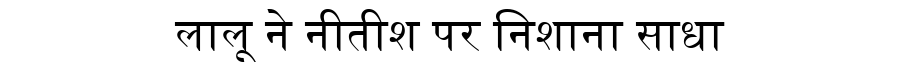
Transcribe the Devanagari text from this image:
लालू ने नीतीश पर निशाना साधा